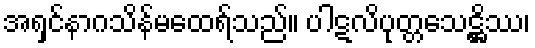
အရှင်နာဂသိန်မထေရ်သည်။ ပါဋလိပုတ္တသေဋ္ဌိဿ၊